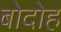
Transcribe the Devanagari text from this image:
बोदोह